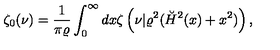
\zeta _ { 0 } ( \nu ) = { \frac { 1 } { \pi \varrho } } \int _ { 0 } ^ { \infty } d x \zeta \left( \nu | \varrho ^ { 2 } ( \breve { H } ^ { 2 } ( x ) + x ^ { 2 } ) \right) ,